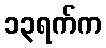
၁၃ရက်က